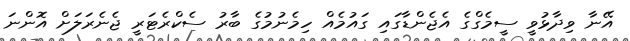
އޭނާ ވިދާޅުވީ ސީމެގްގެ އެޖެންޑާގައި ގައުމެއް ހިމެނުމުގެ ބާރު ސެކްރެޓަރީ ޖެނެރަލަށް އޮންނަ